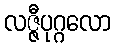
လဇ္ဇီပုဂ္ဂလော